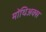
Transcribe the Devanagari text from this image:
मोंथिअक्स